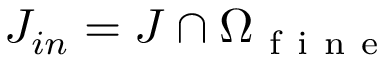
J _ { i n } = J \cap \Omega _ { \mathrm { ~ f ~ i ~ n ~ e ~ } }